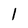
Character: 1